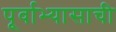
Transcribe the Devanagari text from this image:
पूर्वाभ्यासाची